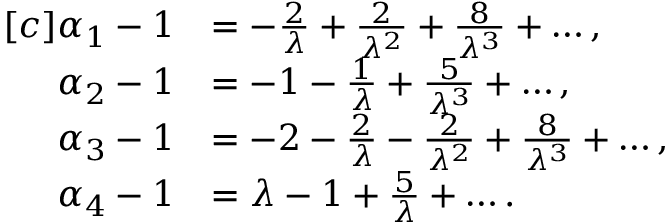
\begin{array} { r l } { [ c ] \alpha _ { 1 } - 1 } & { = - \frac { 2 } { \lambda } + \frac { 2 } { \lambda ^ { 2 } } + \frac { 8 } { \lambda ^ { 3 } } + \dots , } \\ { \alpha _ { 2 } - 1 } & { = - 1 - \frac { 1 } { \lambda } + \frac { 5 } { \lambda ^ { 3 } } + \dots , } \\ { \alpha _ { 3 } - 1 } & { = - 2 - \frac { 2 } { \lambda } - \frac { 2 } { \lambda ^ { 2 } } + \frac { 8 } { \lambda ^ { 3 } } + \dots , } \\ { \alpha _ { 4 } - 1 } & { = \lambda - 1 + \frac { 5 } { \lambda } + \dots . } \end{array}